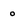
Character: o